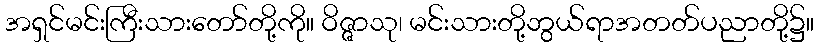
အရှင်မင်းကြီးသားတော်တို့ကို။ ဝိဇ္ဇာသု၊ မင်းသားတို့ဘွယ်ရာအတတ်ပညာတို့၌။